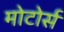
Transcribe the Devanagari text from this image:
मोटोर्स